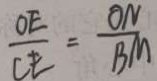
\frac { O E } { C E } = \frac { O N } { B M }